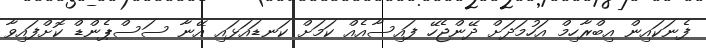
ފެނަކައިން އިބްރާހިމް އަހުމަދަށް ދޭންޖެހޭ ފައިސާއެއް ކަމަށް ކަނޑައަޅައި އޭނާ ސަސްޕެންޑް ކޮށްފައިވާ